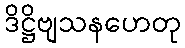
ဒိဋ္ဌိဗျသနဟေတု